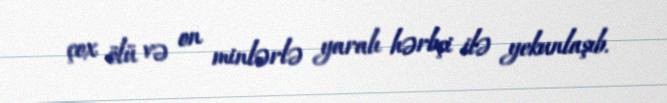
çox ölü və on minlərlə yaralı hərbçi ilə yekunlaşıb.